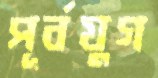
পূর্বযুগ